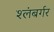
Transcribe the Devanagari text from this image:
श्लंबर्गर